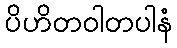
ပိဟိတဝါတပါနံ